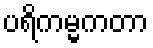
ပရိကမ္မကတာ